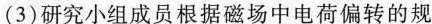
(3)研究小组成员根据磁场中电荷偏转的规